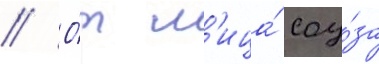
// О́т л'ица́ соу́за